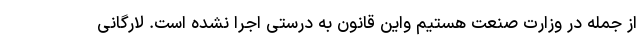
از جمله در وزارت صنعت هستیم واین قانون به درستی اجرا نشده است. لارگانی